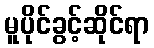
မူပိုင်ခွင့်ဆိုင်ရာ